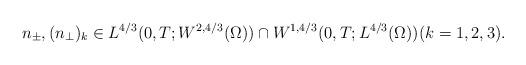
LaTeX: \begin{align*} & n_\pm, (n_\perp)_k \in L^{4/3}(0,T; W^{2,4/3}(\Omega))\cap W^{1,4/3}(0,T; L^{4/3}(\Omega))(k=1,2,3). \end{align*}